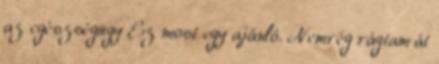
az egészségügy Ez most egy ajánló. Nemrég rágtam át